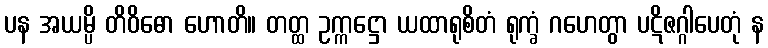
ပန အယမ္ပိ တိဝိဓော ဟောတိ။ တတ္ထ ဥက္ကဋ္ဌော ယထာရုစိတံ ရုက္ခံ ဂဟေတွာ ပဋိဇဂ္ဂါပေတုံ န